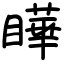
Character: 瞱